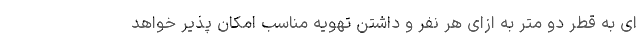
ای به قطر دو متر به ازای هر نفر و داشتن تهویه مناسب امکان پذیر خواهد